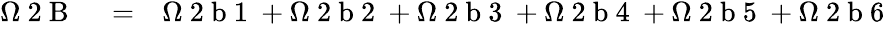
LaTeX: \begin{array}{rlr}{\Omega\mathrm{~2~B~}}&{{}=}&{\Omega\mathrm{~2~b~1~}+\Omega\mathrm{~2~b~2~}+\Omega\mathrm{~2~b~3~}+\Omega\mathrm{~2~b~4~}+\Omega\mathrm{~2~b~5~}+\Omega\mathrm{~2~b~6~}}\end{array}